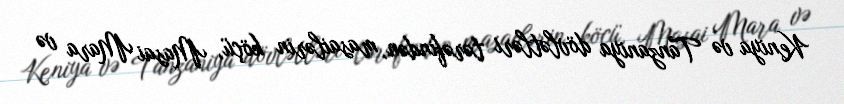
Keniya və Tanzaniya dövlətləri tərəfindən, masailərin köçü, Masai Mara və